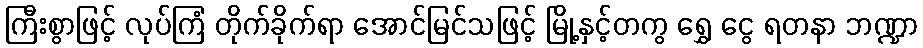
ကြီးစွာဖြင့် လုပ်ကြံ တိုက်ခိုက်ရာ အောင်မြင်သဖြင့် မြို့နှင့်တကွ ရွှေ ငွေ ရတနာ ဘဏ္ဍာ